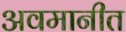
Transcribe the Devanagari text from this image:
अवमानीत